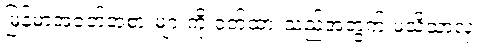
မြန်မာအဝတ်အစားများကို ဝတ်ထားသည့်အတွက် မသိသာလှ။